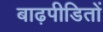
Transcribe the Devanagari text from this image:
बाढ़पीडितों